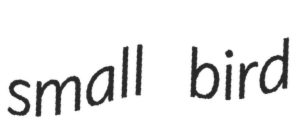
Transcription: small bird